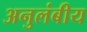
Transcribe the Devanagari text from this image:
अनुलंबीय